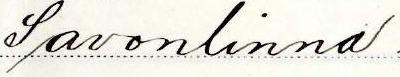
Savonlinna